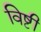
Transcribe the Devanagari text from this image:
विष्टी